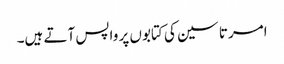
امرتا سین کی کتابوں پر واپس آتے ہیں۔